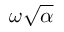
\omega \sqrt { \alpha }